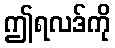
ဤရလဒ်ကို